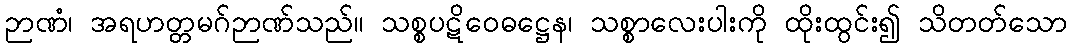
ဉာဏံ၊ အရဟတ္တမဂ်ဉာဏ်သည်။ သစ္စပဋိဝေဓဋ္ဌေန၊ သစ္စာလေးပါးကို ထိုးထွင်း၍ သိတတ်သော